Quinine and its salts - Number 41
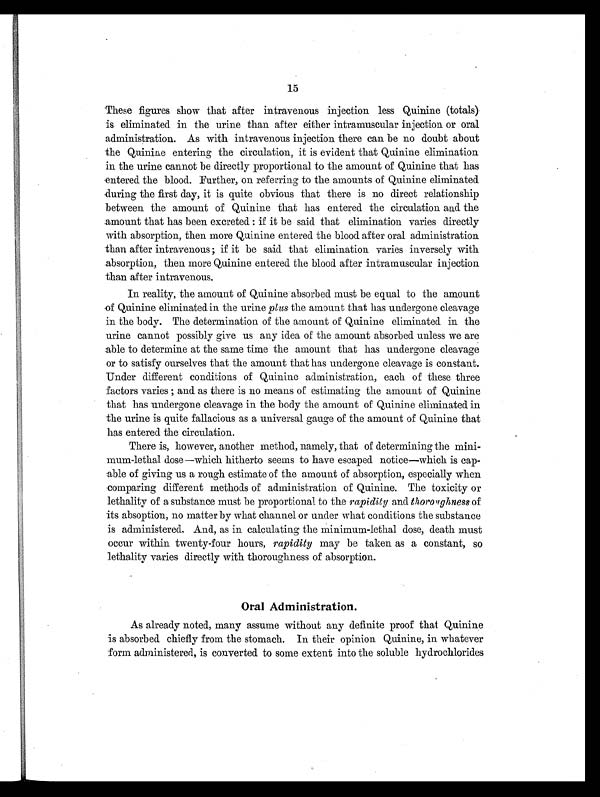
15
These figures show that after intravenous injection less Quinine (totals)
is eliminated in the urine than after either intramuscular injection or oral
administration. As with intravenous injection there can be no doubt about
the Quinine entering the circulation, it is evident that Quinine elimination
in the urine cannot be directly proportional to the amount of Quinine that has
entered the blood. Further, on referring to the amounts of Quinine eliminated
during the first day, it is quite obvious that there is no direct relationship
between the amount of Quinine that has entered the circulation and the
amount that has been excreted: if it be said that elimination varies directly
with absorption, then more Quinine entered the blood after oral administration
than after intravenous; if it be said that elimination varies inversely with
absorption, then more Quinine entered the blood after intramuscular injection
than after intravenous.
In reality, the amount of Quinine absorbed must be equal to the amount
of Quinine eliminated in the urine plus the amount that has undergone cleavage
in the body. The determination of the amount of Quinine eliminated in the
urine cannot possibly give us any idea of the amount absorbed unless we are
able to determine at the same time the amount that has undergone cleavage
or to satisfy ourselves that the amount that has undergone cleavage is constant.
Under different conditions of Quinine administration, each of these three
factors varies; and as there is no means of estimating the amount of Quinine
that has undergone cleavage in the body the amount of Quinine eliminated in
the urine is quite fallacious as a universal gauge of the amount of Quinine that
has entered the circulation.
There is, however, another method, namely, that of determining the mini-
mum-lethal dose—which hitherto seems to have escaped notice—which is cap-
able of giving us a rough estimate of the amount of absorption, especially when
comparing different methods of administration of Quinine. The toxicity or
lethality of a substance must be proportional to the rapidity and thoroughness of
its absoption, no matter by what channel or under what conditions the substance
is administered. And, as in calculating the minimum-lethal dose, death must
occur within twenty-four hours, rapidity may be taken as a constant, so
lethality varies directly with thoroughness of absorption.
Oral Administration.
As already noted, many assume without any definite proof that Quinine
is absorbed chiefly from the stomach. In their opinion Quinine, in whatever
form administered, is converted to some extent into the soluble hydrochlorides